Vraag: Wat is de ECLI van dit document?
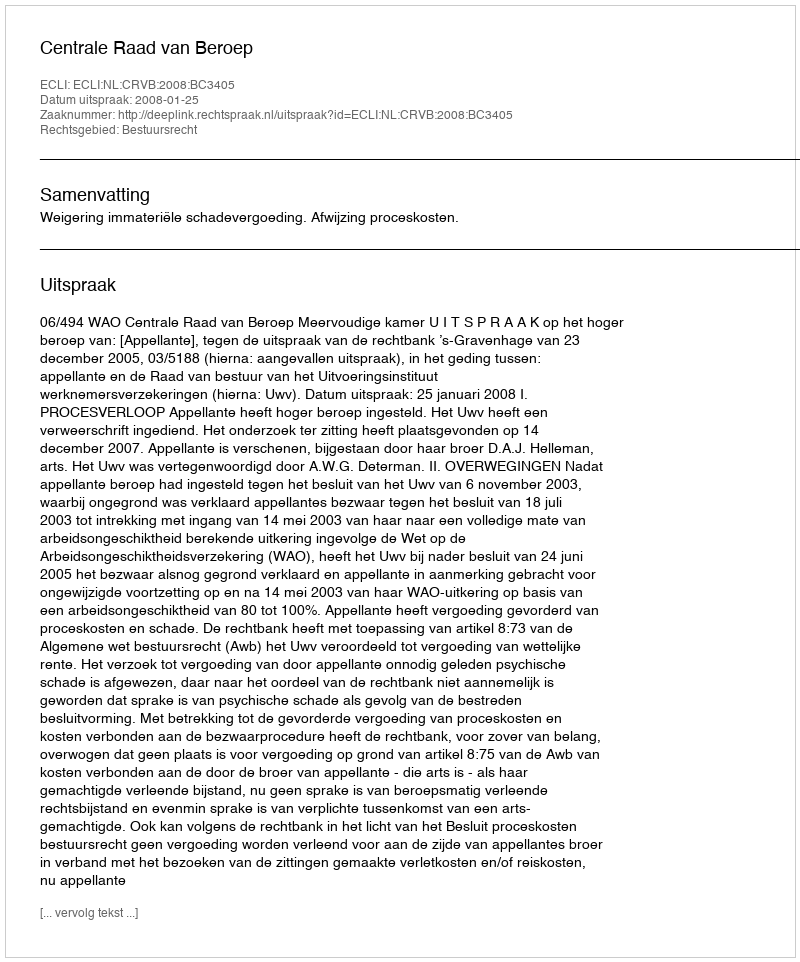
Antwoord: ECLI:NL:CRVB:2008:BC3405